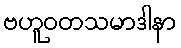
ဗဟူဝတသမာဒါနာ